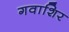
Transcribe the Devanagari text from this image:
गवाशिर